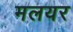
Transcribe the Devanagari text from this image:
मलयर